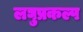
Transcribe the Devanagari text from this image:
लघुप्रकल्प